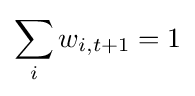
\sum _{i}w_{i,t+1}=1